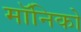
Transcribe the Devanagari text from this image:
मॉनिको